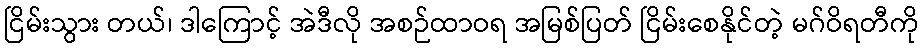
ငြိမ်းသွား တယ်၊ ဒါကြောင့် အဲဒီလို အစဉ်ထာဝရ အမြစ်ပြတ် ငြိမ်းစေနိုင်တဲ့ မဂ်ဝိရတီကို